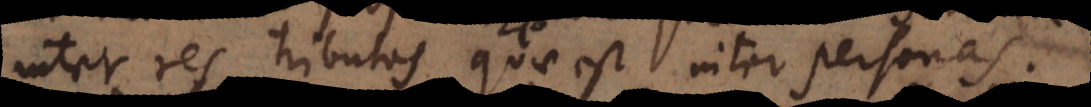
inter res tributas quae est inter personas.